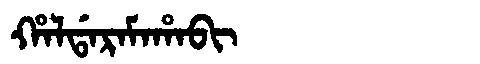
Manchu: ᡥᠠᠯᡩᠠᡵᠠᠮᠠᡥᠠᠪᡳ
Romanization: HALDARAMAHABI